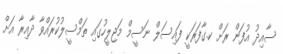
ސާއިދު އުފަން ރަށް ކ.ގާފަރަކީ ފައިސަލް ނަސީމް މަޖިލީހުގައި ތަމްސީލުކުރައްވާ ދާއިރާ އަށް